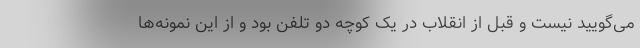
می‌گویید نیست و قبل از انقلاب در یک کوچه دو تلفن بود و از این نمونه‌ها